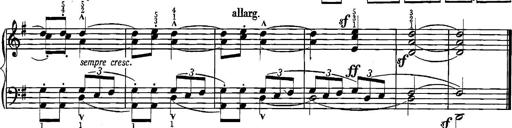
Title: Sonatina for Piano
Composer: BÃ©la BartÃ³k